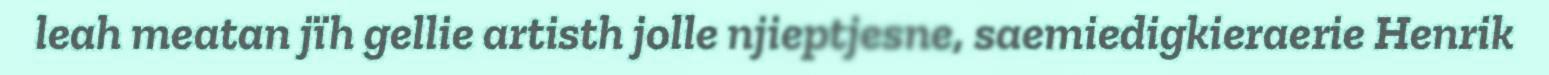
leah meatan jïh gellie artisth jolle njieptjesne, saemiedigkieraerie Henrik